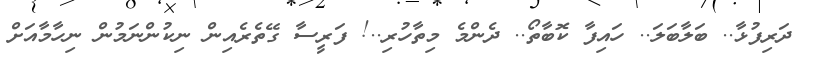
ދަރިފުޅާ.. ބަލާބަލަ.. ހައިފާ ކޮބާތޯ.. ދެންމެ މިތާހުރި..! ފަރީސާ ގޭތެރެއިން ނިކުންނަމުން ނިހާމާއަށް